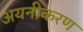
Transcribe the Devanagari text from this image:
अयनीकरण